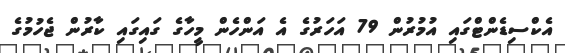
އެކްސިޑެންޓްގައި އުމުރުން 79 އަހަރުގެ އެ އަންހެން މީހާގެ ގައިގައި ކާރުން ޖެހުމުގެ